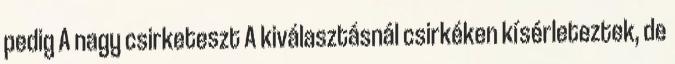
pedig A nagy csirketeszt A kiválasztásnál csirkéken kísérleteztek, de